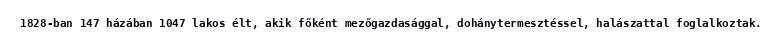
1828-ban 147 házában 1047 lakos élt, akik főként mezőgazdasággal, dohánytermesztéssel, halászattal foglalkoztak.